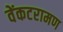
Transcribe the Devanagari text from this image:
वेंकटरामण